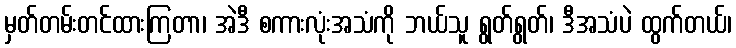
မှတ်တမ်းတင်ထားကြတာ၊ အဲဒီ စကားလုံးအသံကို ဘယ်သူ ရွတ်ရွတ်၊ ဒီအသံပဲ ထွက်တယ်၊